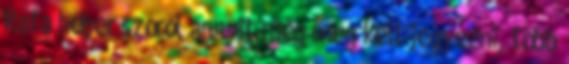
Rafa héber szóról annyit még meg kell jegyezni, több